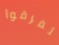
تفرقوا